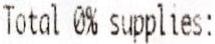
TOTAL 0% SUPPLIES: